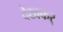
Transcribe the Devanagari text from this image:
देखकर्